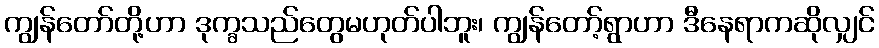
ကျွန်တော်တို့ဟာ ဒုက္ခသည်တွေမဟုတ်ပါဘူး၊ ကျွန်တော့်ရွာဟာ ဒီနေရာကဆိုလျှင်